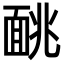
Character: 𫖁